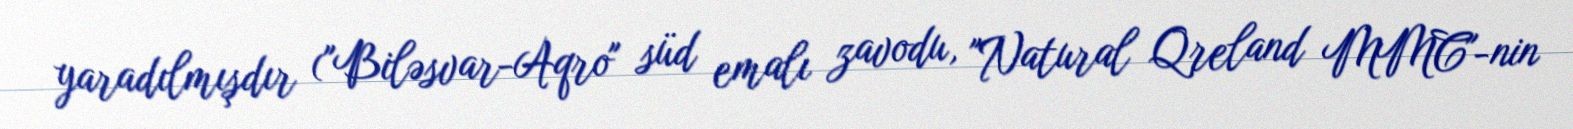
yaradılmışdır ("Biləsvar-Aqro" süd emalı zavodu, "Natural Qreland MMC"-nin